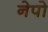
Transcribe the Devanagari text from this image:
नेपो